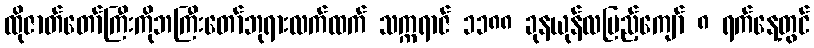
ထိုဇာတ်တော်ကြီးကိုဘကြီးတော်ဘုရားလက်ထက် သက္ကရာဇ် ၁၁၈၈ ခုနယုန်လပြည့်ကျော် ၈ ရက်နေ့တွင်